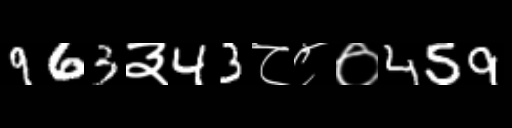
Text: 963३43८८०459